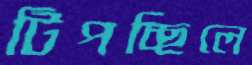
টিপচ্ছিলে